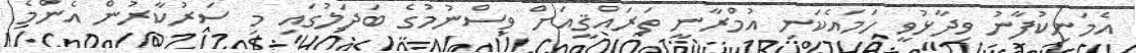
އެމަނިކުފާނު ވިދާޅުވީ ހަމައެކަނި އުމްރާނީ ތަރައްޤީއަށް ވިސްނުމުގެ ބަދަލުގައި މި ސަރުކާރުން އެންމެ